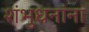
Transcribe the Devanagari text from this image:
शंभुधनांना